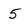
Character: 5